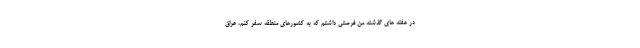
در هفته های گذشته من فرصتی داشتم که به کشورهای منطقه سفر کنم، عراق